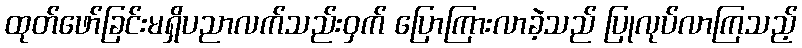
ထုတ်ဖော်ခြင်းမရှိပညာလက်သည်းဝှက် ပြောကြားလာခဲ့သည် ပြုလုပ်လာကြသည့်